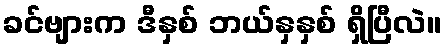
ခင်ဗျားက ဒီနှစ် ဘယ်နှနှစ် ရှိပြီလဲ။